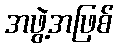
အဖွဲ့အဖြစ်